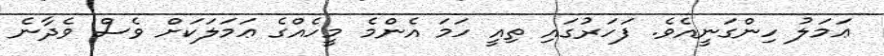
ޢަމަލު ހިންގަނީއެވެ. ފަހަރުގައި ތިއީ ހަމަ އެންމެ މީހެއްގެ ޢަމަލަކަށް ވެސް ވެދާނެ